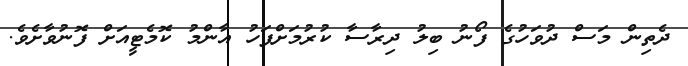
ދެތިން މަސް ދުވަހުގެ ފޯނު ބިލު ދިރާސާ ކުރުމަށްފަހު އާންމު ކޮމެޓީއަށް ފޮނުވާށެވެ.